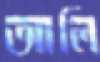
আলি